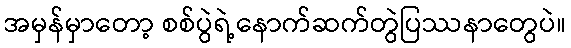
အမှန်မှာတော့ စစ်ပွဲရဲ့နောက်ဆက်တွဲပြဿနာတွေပဲ။